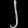
Digit: ၂